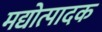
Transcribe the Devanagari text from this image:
मद्योत्पादक